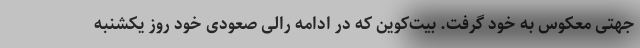
جهتی معکوس به خود گرفت. بیت‌کوین که در ادامه رالی صعودی خود روز یکشنبه